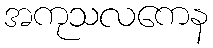
အကုသလကေန